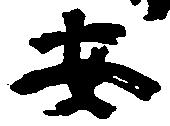
安